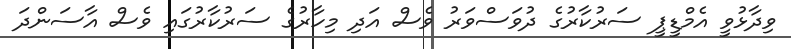
ވިދާޅުވީ އެމްޑީޕީ ސަރުކާރުގެ ދުވަސްވަރު ވެސް އަދި މިހާރުގެ ސަރުކާރުގައި ވެސް އާސަންދަ